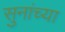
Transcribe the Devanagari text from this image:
सुनांच्या